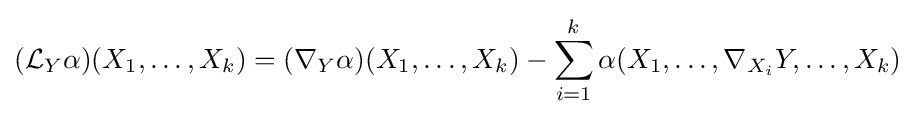
({\mathcal {L}}_{Y}\alpha )(X_{1},\ldots ,X_{k})=(\nabla _{Y}\alpha )(X_{1},\ldots ,X_{k})-\sum _{i=1}^{k}\alpha (X_{1},\ldots ,\nabla _{X_{i}}Y,\ldots ,X_{k})